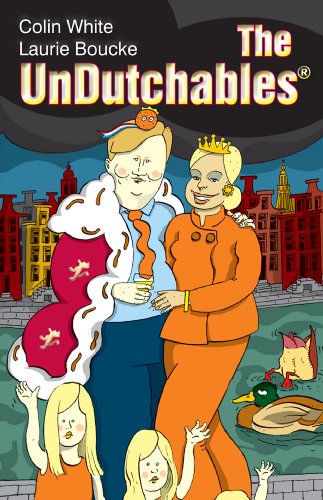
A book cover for The UnDutchables: an observation of the netherlands, its culture and its inhabitants; Colin White; Politics & Social Sciences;